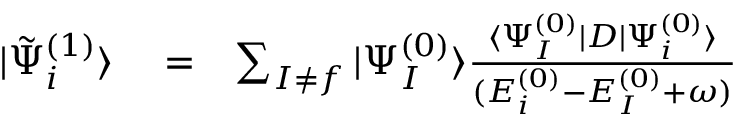
\begin{array} { r l r } { | \tilde { \Psi } _ { i } ^ { ( 1 ) } \rangle } & { { } = } & { \sum _ { I \ne f } | \Psi _ { I } ^ { ( 0 ) } \rangle \frac { \langle \Psi _ { I } ^ { ( 0 ) } | D | \Psi _ { i } ^ { ( 0 ) } \rangle } { ( E _ { i } ^ { ( 0 ) } - E _ { I } ^ { ( 0 ) } + \omega ) } } \end{array}